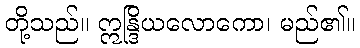
တို့သည်။ ဣန္ဒြိယလောကော၊ မည်၏။